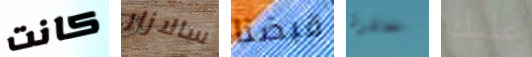
كانت سالازار قبضنا حفرة عليك